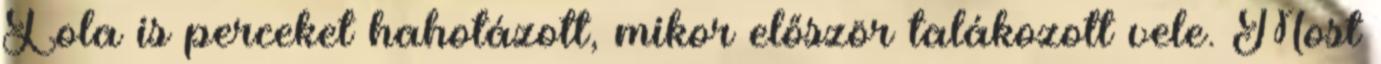
Lola is perceket hahotázott, mikor először talákozott vele. Most